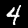
Label: 4